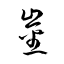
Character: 崟